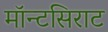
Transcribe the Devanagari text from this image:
मॉन्टसिराट